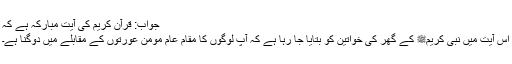
جواب: قرآن کریم کی آیت مبارکہ ہے کہ
اس آیت میں نبی کریمﷺ کے گھر کی خواتین کو بتایا جا رہا ہے کہ آپ لوگوں کا مقام عام مومن عورتوں کے مقابلے میں دوگنا ہے۔